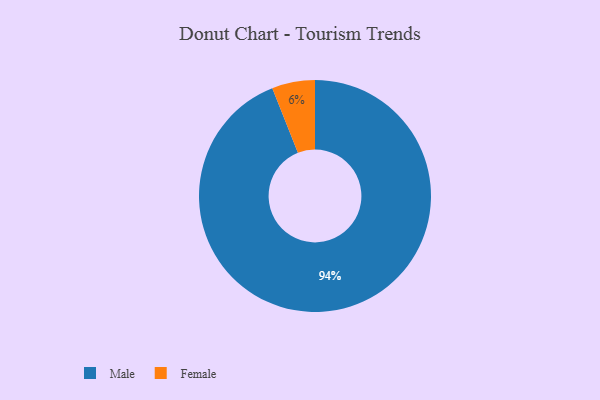
{"axis": {"x": "Category", "y": "Percentage"}, "legend": ["Female", "Male"], "data": [{"x": "Male", "y": 94, "type": "Male"}, {"x": "Female", "y": 6, "type": "Female"}]}